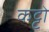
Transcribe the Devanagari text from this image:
कट्टो